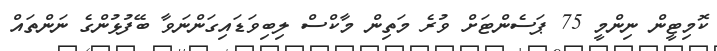
ކޮމިޓީން ނިންމީ 75 ޕަސެންޓަށް ވުރެ މަތިން މާކްސް ލިބިވަޑައިގަންނަވާ ބޭފުޅުންގެ ނަންތައް